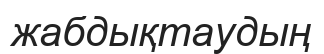
жабдықтаудың